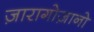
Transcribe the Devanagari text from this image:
ज़ारागोज़ानो